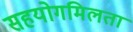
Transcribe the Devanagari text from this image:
सहयोगमिलता